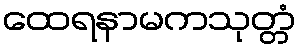
ထေရနာမကသုတ္တံ